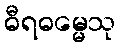
ဓီရဓမ္မေသု